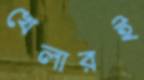
খেলারই